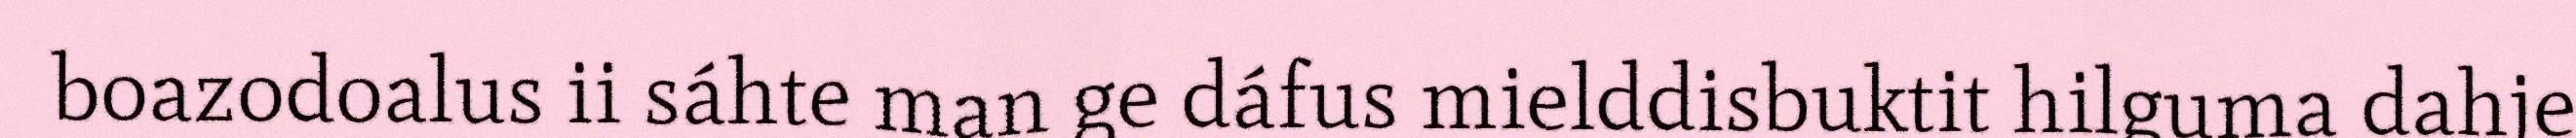
boazodoalus ii sáhte man ge dáfus mielddisbuktit hilguma dahje